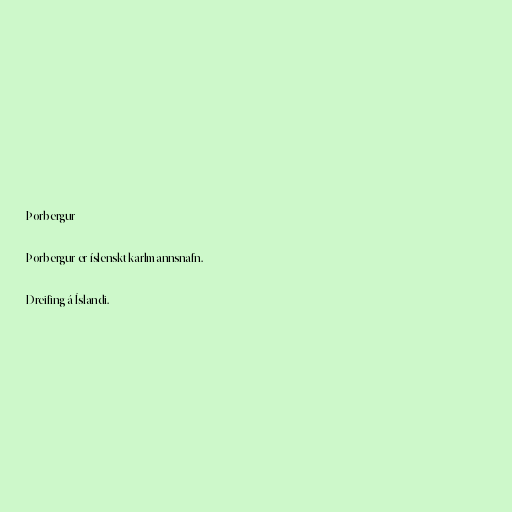
Þorbergur

Þorbergur er íslenskt karlmannsnafn.

Dreifing á Íslandi.